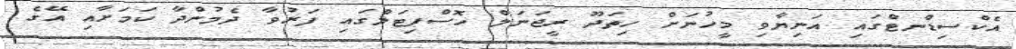
އެކްސިޑްނޓްގައި އަނިޔާވި މީހުނަށް ހިތަދޫ ރީޖަނަލް ހޮސްޕިޓަލްގައި ފަރުވާ ދެމުންދާ ކަމަށާއި އޭގެ